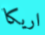
اريكا